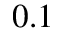
0 . 1